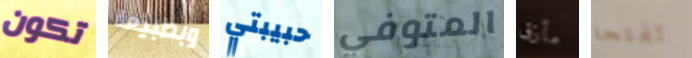
تكون وبطبيعة حبيبتي المتوفي مأزق تفتحه